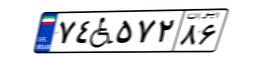
۷۴W۵۷۲۸۶